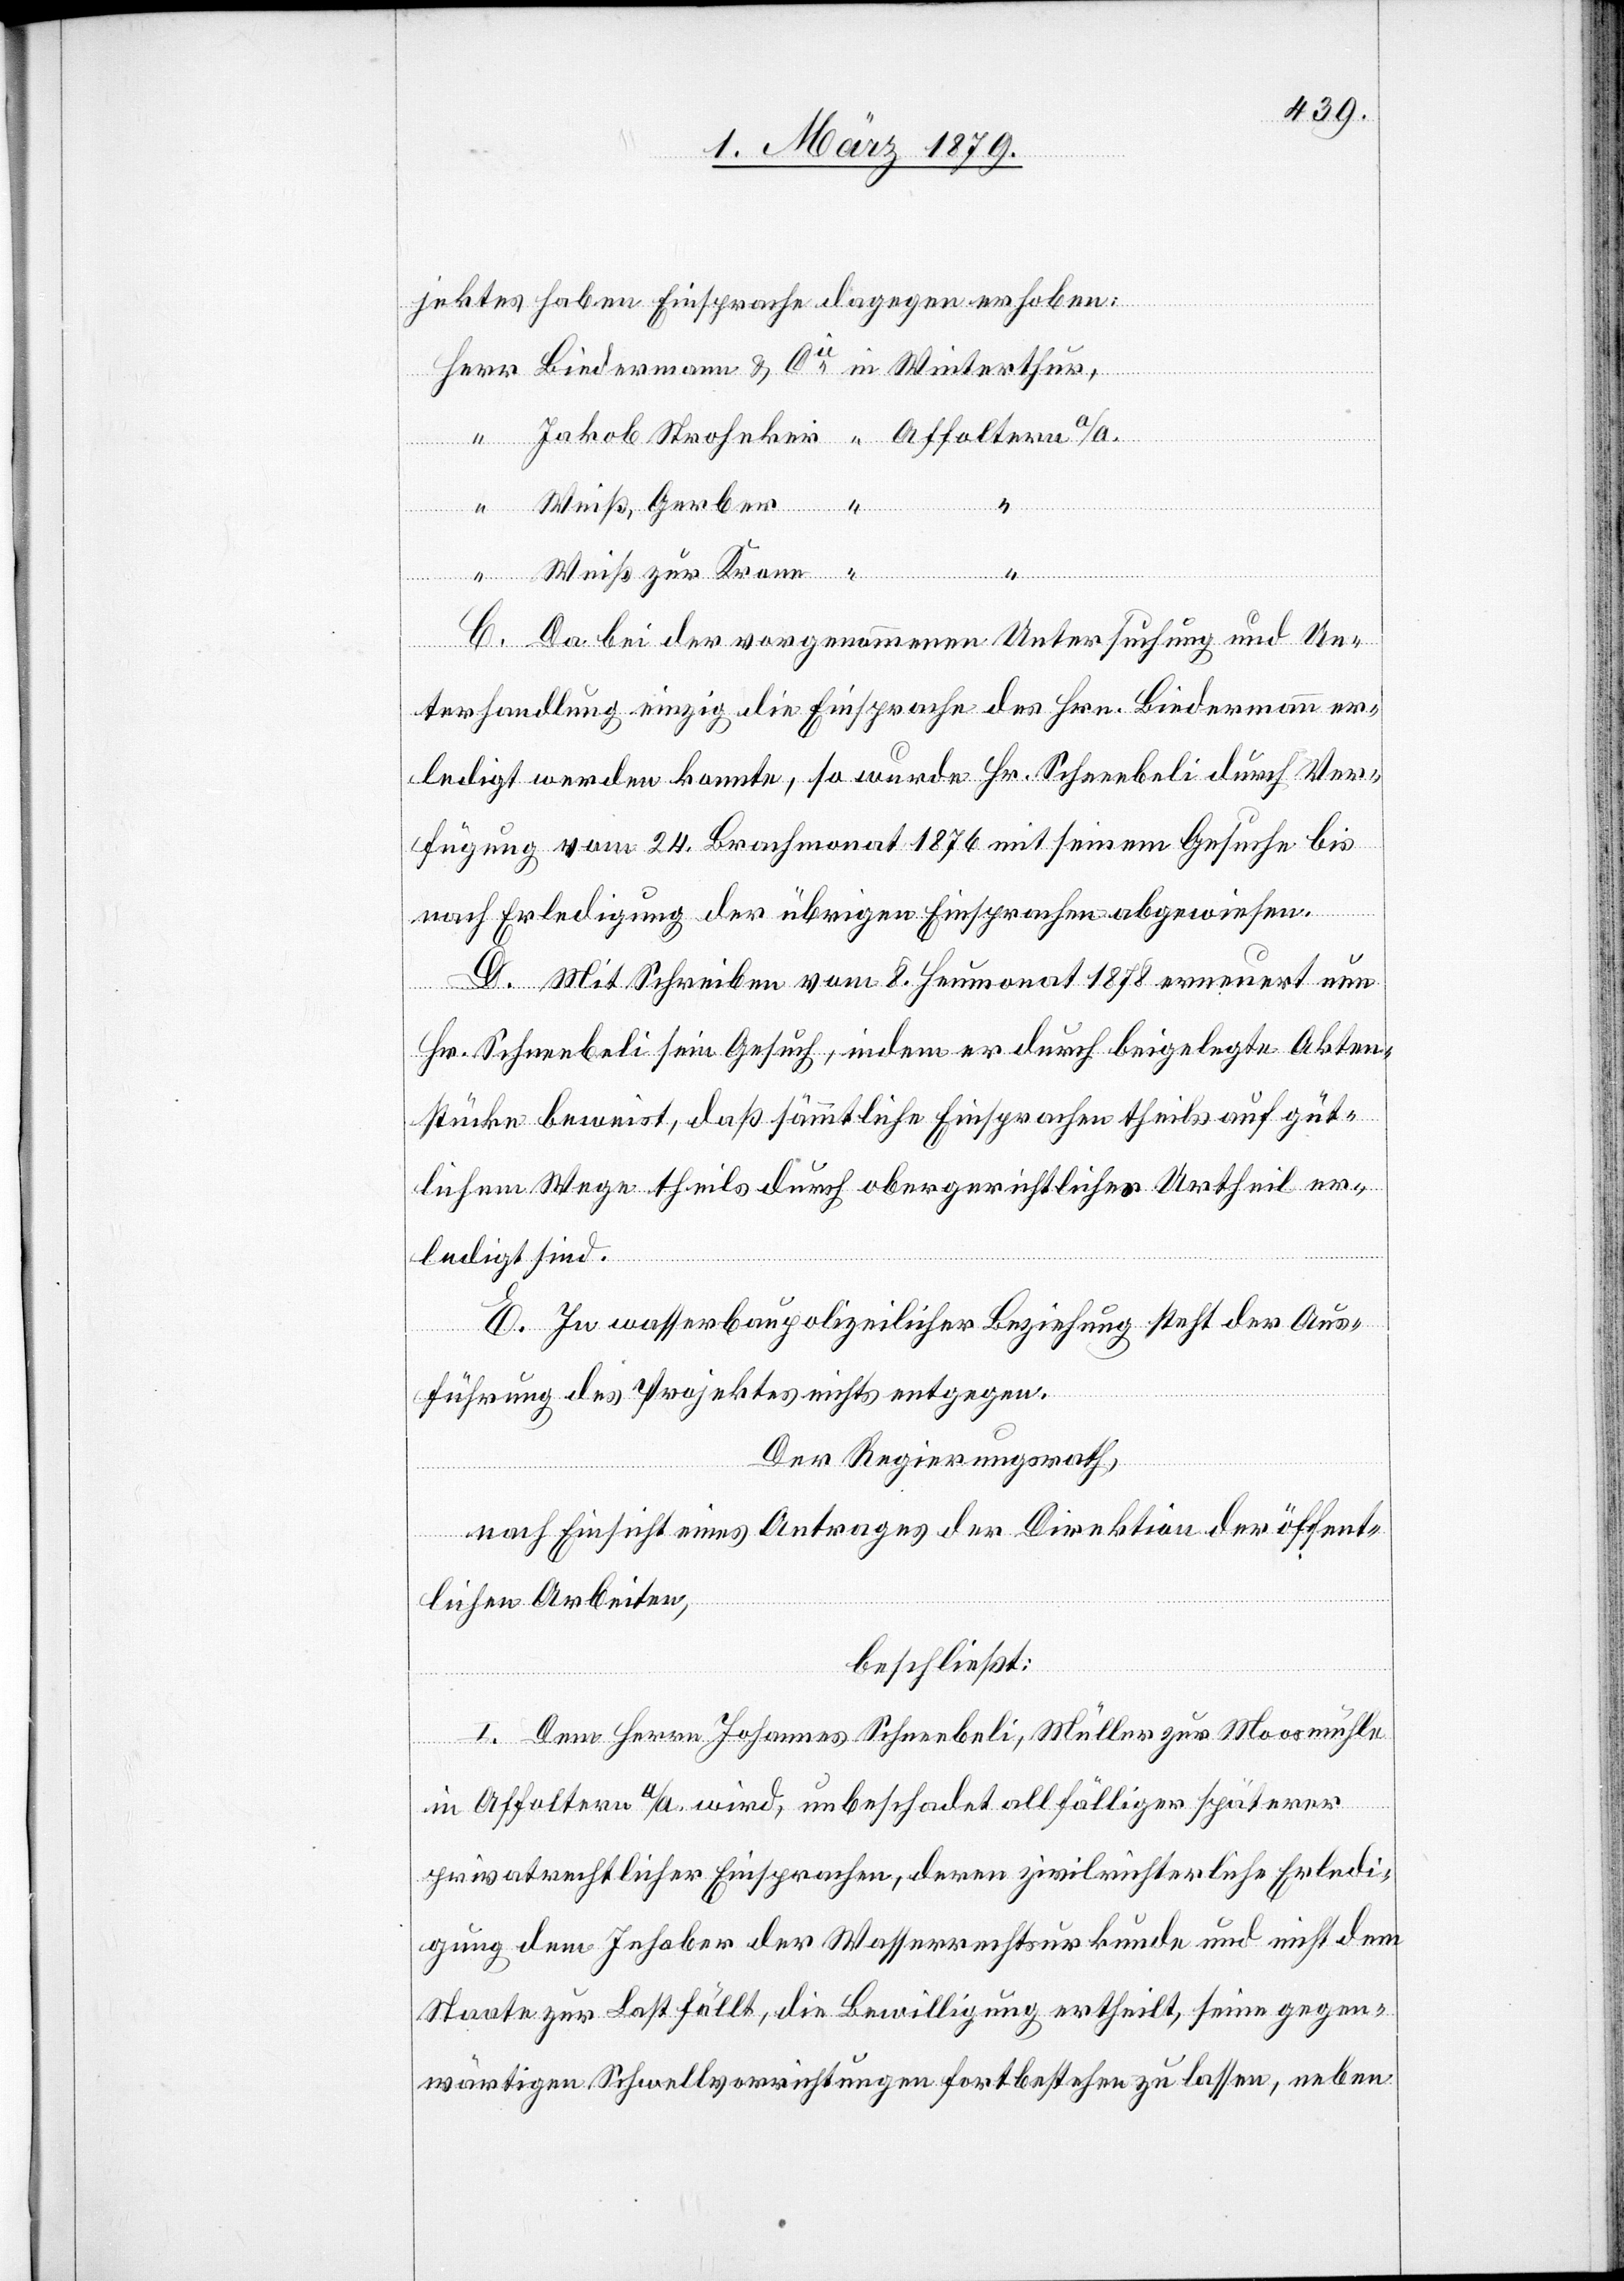
jektes haben Einsprache dagegen erhoben:
“
zur
Winterthur,
“
C. Da bei der vorgenommenen Untersuchung und Un¬
terhandlung einzig die Einsprache des Hrn. Biedermann er¬
ledigt werden konnte, so wurde Hr. Schneebeli durch Ver¬
fügung vom 24. Brachmonat 1876 mit seinem Gesuche bis
nach Erledigung der übrigen Einsprachen abgewiesen.
D. Mit Schreiben vom 8. Heumonat 1878 erneuert nun
Hr. Schneebeli sein Gesuch, indem er durch beigelegte Akten¬
stücke beweist, daß sämmtliche Einsprachen theils auf güt¬
lichem Wege theils durch obergerichtliches Urtheil er¬
ledigt sind.
E. In wasserpolizeilicher Beziehung steht der Aus¬
führung des Projektes nichts entgegen.
Der Regierungsrath,
nach Einsicht eines Antrages der Direktion der öffent¬
lichen Arbeiten,
beschließt:
I. Dem Herrn Johannes Schneebeli, Müller zur Moosmühle
in Affoltern a/A. wird, unbeschadet allfälliger späterer
privatrechtlicher Einsprachen, deren zivilrichterliche Erledi¬
gung dem Inhaber der Wasserrechtsurkunde und nicht dem
Staate zur Last fällt, die Bewilligung ertheilt, seine gegen¬
wärtigen Schwellvorrichtungen fortbestehen zu lassen, neben